Statistical return of the lunatic asylum in Assam - 1912-1932
Year: 1912
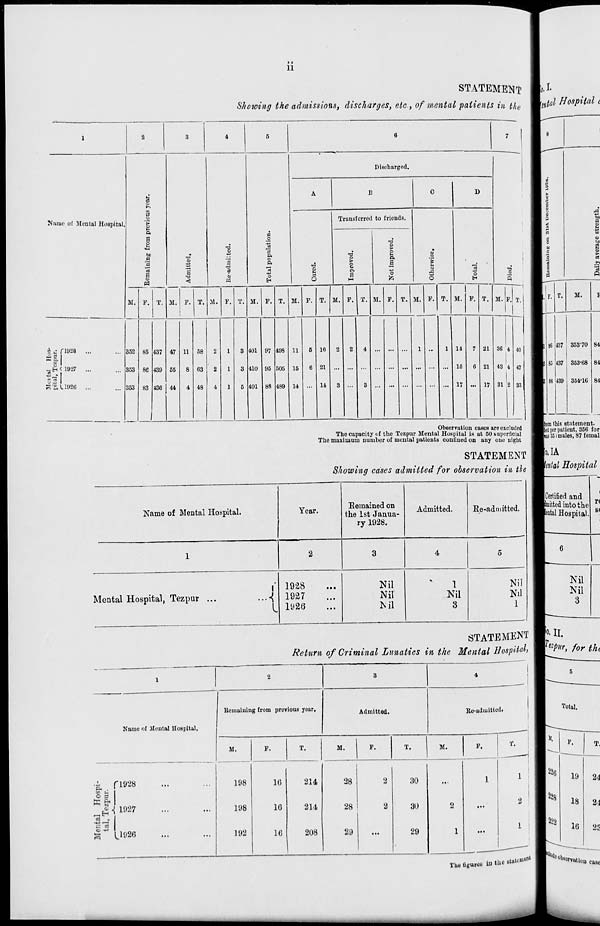
11
STATEMENT m l
Showing the admissions, discharges, etc, of mental patients in the m»^ " 08 P^a 6
1
2
3
4
5
6
;
1
Discharged.
A
B
C
D
1
e-i
o
Transferred to friends.
Name of Mental Hospital.
>
a
a
1
9
o
"3
O
.
bo
a
'a
'«
8
B9
1 •a
a
? q
o
Pi
«*
Eri
13
hi
a
o
>
O
Pi
a
a
fe
S
o
"c5
o
H
•a a
5
M. P. T. M. F. T. M. P. T. M. P. T. M. p. T. M. P. T. M. P. T. M. P. T. M. P. T. M. v. T.
i c f 1028 ...
352 R5 437 47 11 5P 2 1 3 401 97 498 11 5 16 2 2 4
1
1 14
7 21 36 4 40
M a 1
I
il
_H 4 1927
...
e ■
303 86 439 55
8 63
2
1
3 410 95 505 15
6 21 ... ... ...
... ... ... ... 15 6 21 43 -1 47
111
1
S*5,U926 ...
353 83
1
436 44
4 48
4
1
5 401 88 489 14
14
3
3
,
17
17 31 2 33
til
a
in
a
R
F.
86
65
86
T.
M.
I
437
437
439
35370
353-68
354-16
84
84
84
Observation cases are excluded
The capacity of the Tczpur Mental Hospital is at 50 superficial
The maximum number of mental patients confined on any one uight
STATEMENT
Showing cases admitted for observation in th
from this statement.
ittt per patient, 366 for
ID 35 i males, 87 femal
o.IA
mtal Hospital
Name of Mental Hospital.
Year.
Eemained on
the 1st Janua-
ry 1928.
Admitted.
Ke-admitted.
4
Mental Hospital, Tezpur ...
1
1928
1927
1926
Nil
Nil
Nil
1
Nil
3
Nil
Nil
1
Certified and
bitted into the
ental Hospital. S(
Nil
Nil
3
STATEMENT BUI.
Return of Criminal Lunatics in the Mental Hospital, \Wr^> for thl
Name of Mental Hospital.
Remaining from previous year.
Admitted.
Ro-aduiittedi
Total.
M.
F.
M.
T.
M.
P.
T.
ft .
o 3
1928
ft °*
^£-{ 1927
[J926
198
16
198
16
192
16
214
214
208
28
2
30
...
1
28
2
30
2
• ••
29
...
29
1
...
The figures in the
228
222
Ktfl,
P.
T.
19
24
18
24
16
23
stated l^^wvatiou case